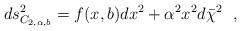
LaTeX: \begin{align*}ds^2_{C_{2,\alpha , b}}=f(x,b)dx^2+\alpha^2x^2d\bar{\chi}^2~~,\end{align*}